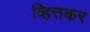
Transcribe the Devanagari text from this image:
व्हित्तकर